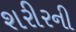
શરીરની